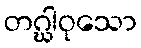
တဂ္ဃါဝုသော